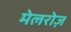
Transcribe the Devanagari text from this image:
मेलरोज़